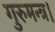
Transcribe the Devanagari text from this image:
गुरुमन्त्र।